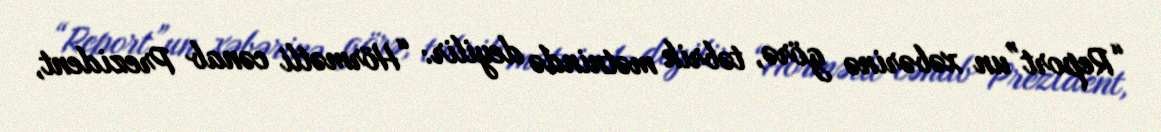
“Report”un xəbərinə görə, təbrik mətnində deyilir: “Hörmətli cənab Prezident,